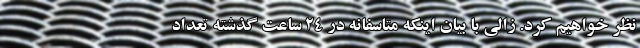
نظر خواهیم کرد. زالی با بیان اینکه متاسفانه در ۲۴ ساعت گذشته تعداد